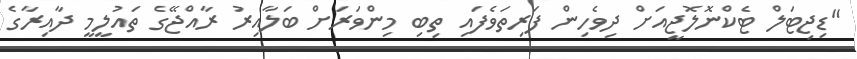
"ޑިޖިޓަލް ޓެކްނޮލޮޖީއަށް ދިވެހިން ފަރިތަވެފައި ތިބި މިންވަރަށް ބަލާއިރު ރާއްޖޭގެ ތައުލީމީ ދާއިރާގެ